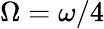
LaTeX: \Omega=\omega/4